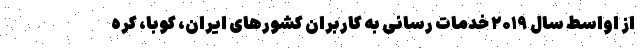
از اواسط سال ۲۰۱۹ خدمات رسانی به کاربران کشورهای ایران، کوبا، کره